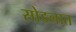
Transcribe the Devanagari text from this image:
सोडलात